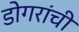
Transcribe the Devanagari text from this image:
डोगरांची